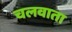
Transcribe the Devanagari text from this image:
चलवाता